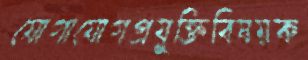
যোগাযোগপ্রযুক্তিবিষয়ক